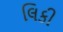
લિકી